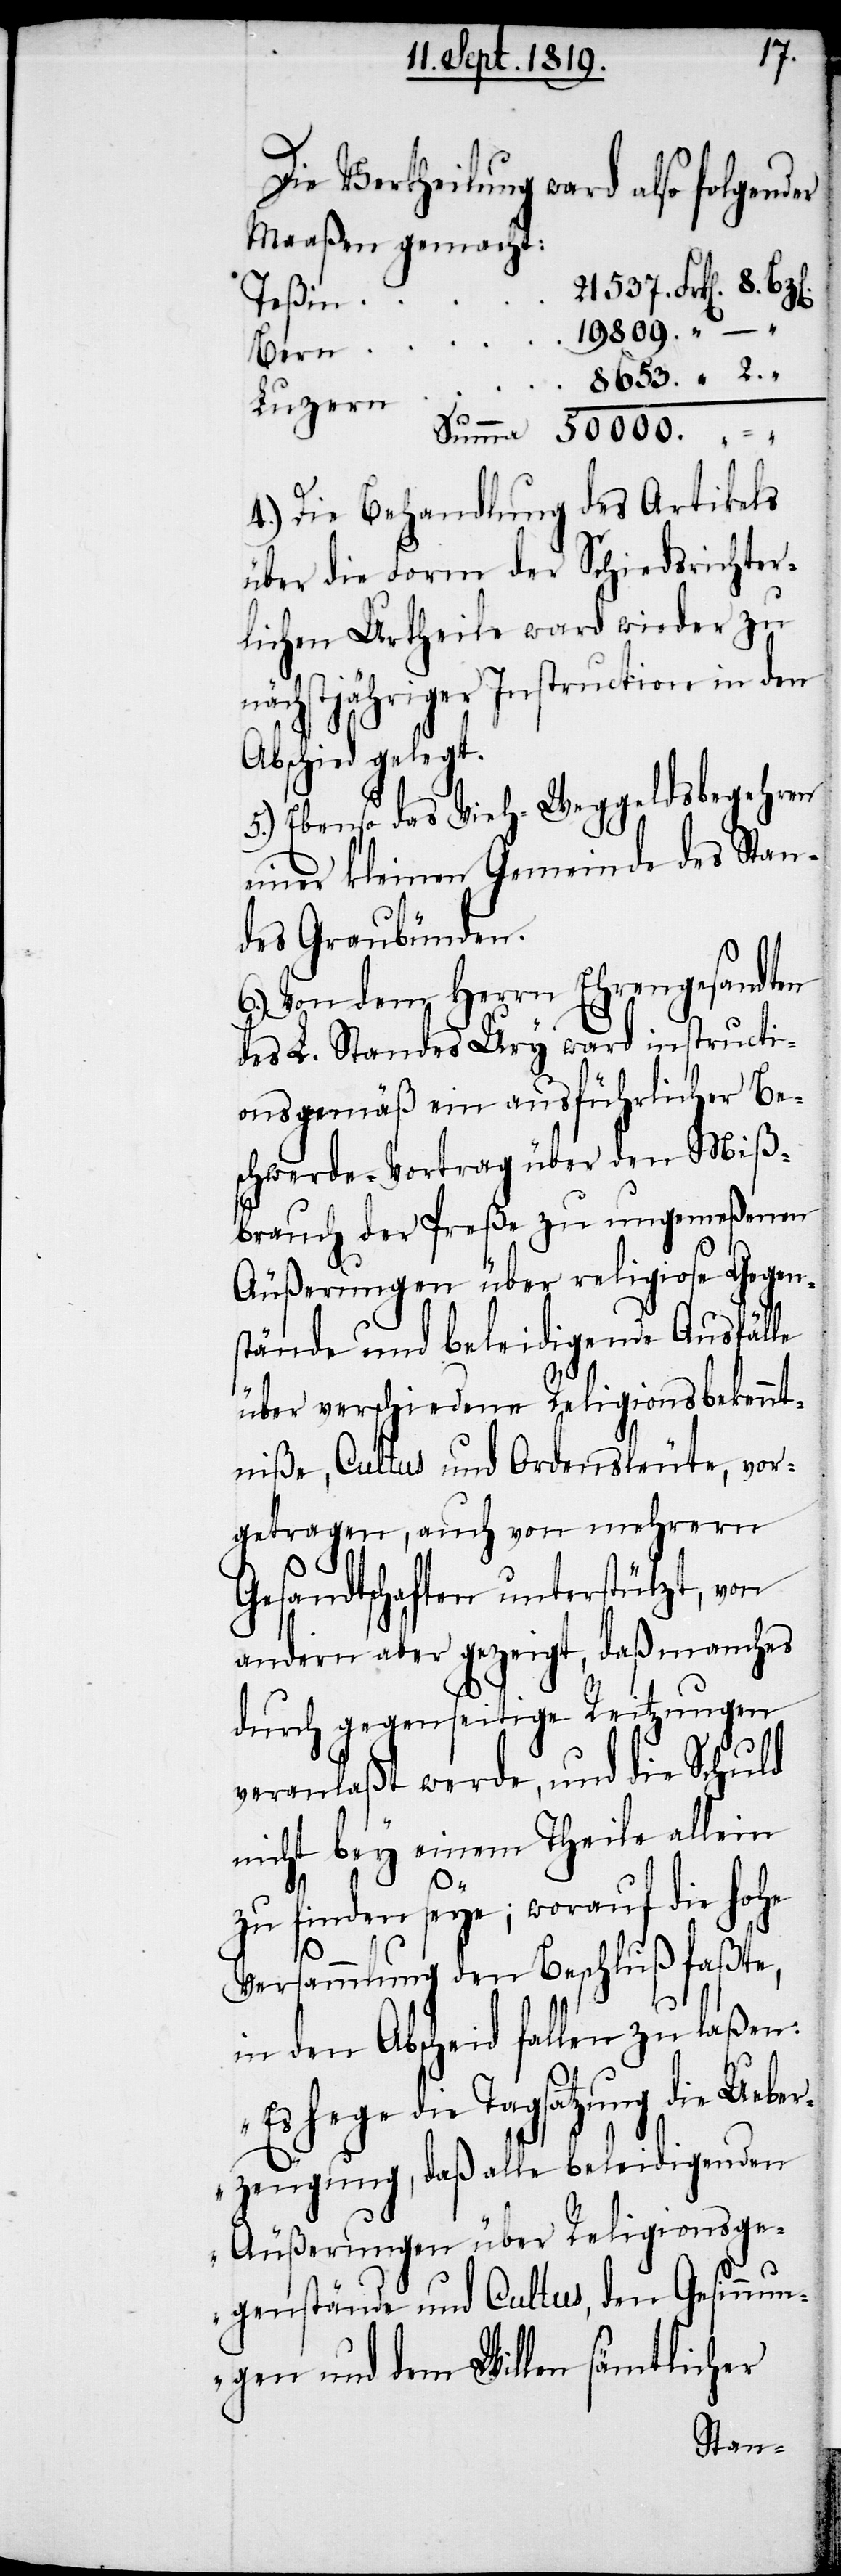
Die Vertheilung ward also folgender
Maaßen gemacht:
Luzern		 8653. " 2.
Summa	50000.
4.) Die Behandlung des Artikels
über die Form der Schiedsrichter¬
lichen Urtheile ward wieder zu
nächstjähriger Instruction in den
Abschied gelegt.
5.) Ebenso das Vieh-Weggeldsbegehren
einer kleinen Gemeinde des Stan¬
des Graubünden.
6.) Von dem Herrn Ehrengesandten
des L. Standes Ury ward instructi¬
onsgemäß ein ausführlicher Be¬
schwerde-Vortrag über den Miß¬
brauch der Preße zu ungemeßenen
Äußerungen über religiose Gegen¬
stände und beleidigende Ausfälle
über verschiedene Religionsbekennt¬
niße, Cultus und Ordensleute, vor¬
getragen, auch von mehrern
Gesandtschaften unterstützt, von
andern aber gezeigt, daß manches
durch gegenseitige Reitzungen
veranlaßt werde, und die Schuld
nicht bey einem Theile allein
zu finden seye; worauf die ho¬
he
Versammlung den Beschluß faßte,
in den Abscheid fallen zu laßen:
„Es hege die Tagsatzung die Ueber¬
zeugung, daß alle beleidigenden
Äußerungen über Religionsge¬
genstände und Cultus, den Gesinnun¬
gen und dem Willen sämtlicher